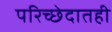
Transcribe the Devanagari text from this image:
परिच्छेदातही